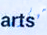
سيكون